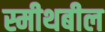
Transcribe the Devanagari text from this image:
स्मीथबील